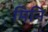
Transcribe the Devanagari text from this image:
मिनि